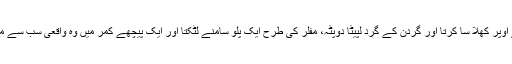
جینز کے اوپر کھلا سا کرتا اور گردن کے گرد لپیٹا دوپٹہ، مفلر کی طرح ایک پلو سامنے لٹکتا اور ایک پیچھے کمر میں وہ واقعی سب سے منفرد تھی۔